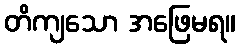
တိကျသော အဖြေမရ။